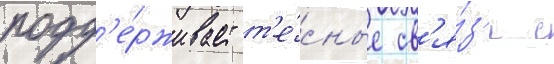
подд'е́рживает т'е́сные св'я́з'и с